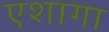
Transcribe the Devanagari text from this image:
एशागा